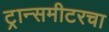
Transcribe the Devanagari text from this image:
ट्रान्समीटरचा